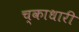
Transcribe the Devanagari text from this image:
च्काधारी